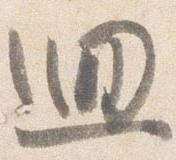
廻